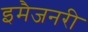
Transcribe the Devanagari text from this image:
इमैजनरी